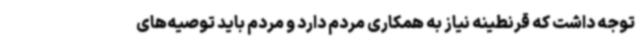
توجه داشت که قرنطینه نیاز به همکاری مردم دارد و مردم باید توصیه‌های